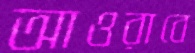
আওরাবে